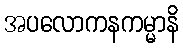
အပလောကနကမ္မာနိ